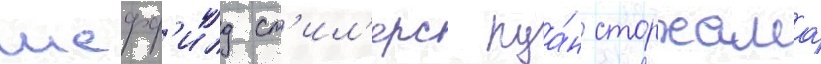
шефф'илд ст'ил'ерс руа́н сторхамар